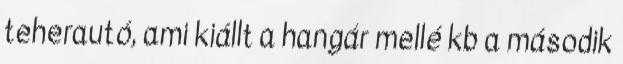
teherautó, ami kiállt a hangár mellé kb a második